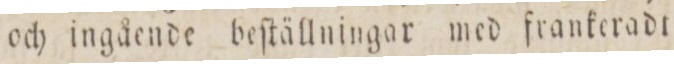
och ingående beſtällningar med frankeradt